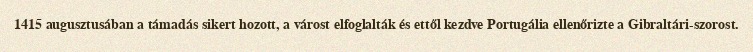
1415 augusztusában a támadás sikert hozott, a várost elfoglalták és ettől kezdve Portugália ellenőrizte a Gibraltári-szorost.